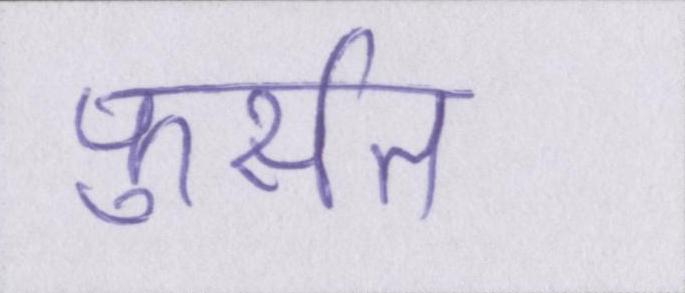
फुर्सत